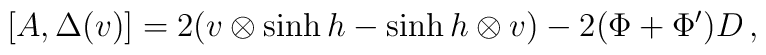
[A,\Delta(v)]=2(v\otimes \sinh h-\sinh h\otimes v)-2(\Phi+\Phi')D\,,